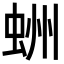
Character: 𧋀